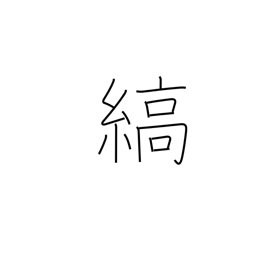
Meaning: stripe